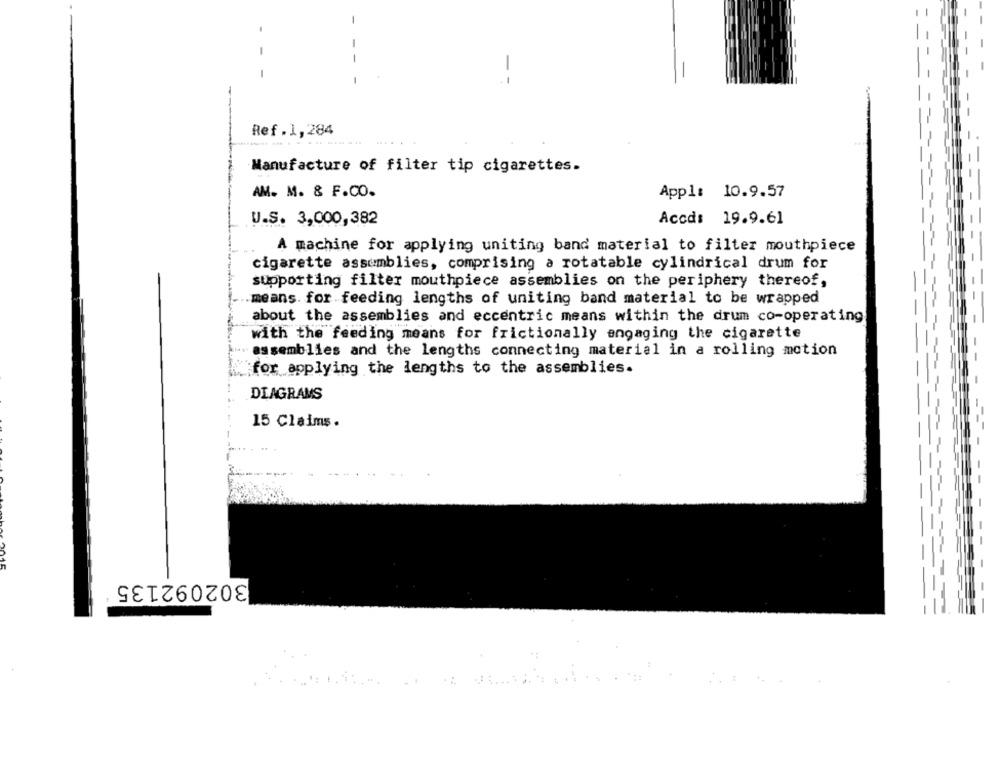
-
--
Ref.1,284
Manufacture of filter tip cigarettes.
AM. M. & F.CO.
Appl: 10.9.57
Accd: 19.9.61
U.S. 3,000,382
A machine for applying uniting band material to filter mouthpiece
cigarette assemblies, comprising a rotatable cylindrical drum for
supporting filter mouthpiece assemblies on the periphery thereof,
means. for feeding lengths of uniting band material to be wrapped
about the assemblies and eccentric means within the drum co-operating
with the feeding means for frictionally engaging the cigarette
assemblies and the lengths connecting material in a rolling motion
for applying the lengths to the assemblies.
DIAGRAMS
15 Claims.
==== -----
-
302092135